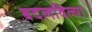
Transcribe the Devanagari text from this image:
बदलविल्या